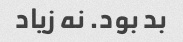
بد بود. نه زیاد